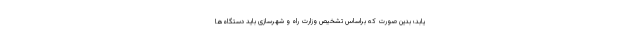
یابد؛ بدین صورت که براساس تشخیص وزارت راه و شهرسازی باید دستگاه‌ها